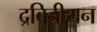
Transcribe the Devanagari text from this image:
द्रविडीयन